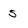
Character: 5